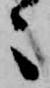
々